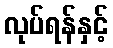
လုပ်ရန်နှင့်